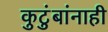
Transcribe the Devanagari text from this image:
कुटुंबांनाही